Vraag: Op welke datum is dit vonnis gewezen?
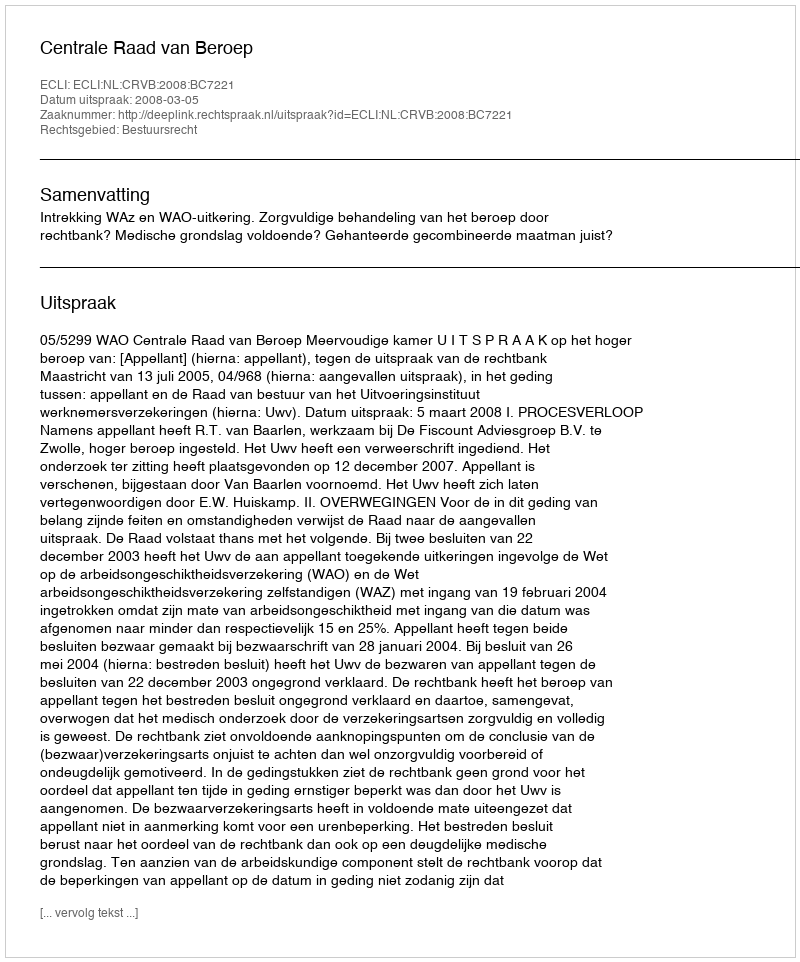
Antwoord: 2008-03-05